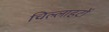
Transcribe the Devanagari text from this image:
चिल्लाहटों